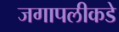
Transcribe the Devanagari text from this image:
जगापलीकडे